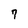
Character: 7